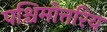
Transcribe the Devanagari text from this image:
पश्चिमोत्तरिय